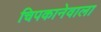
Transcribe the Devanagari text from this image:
चिपकानेवाला